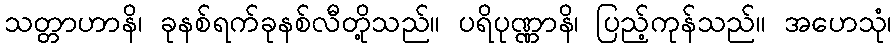
သတ္တာဟာနိ၊ ခုနစ်ရက်ခုနစ်လီတို့သည်။ ပရိပုဏ္ဏာနိ၊ ပြည့်ကုန်သည်။ အဟေသုံ၊